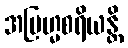
အဗြဟ္မစရိယန္တိ